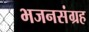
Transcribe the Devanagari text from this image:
भजनसंग्रह